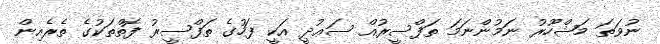
ނުވަތަ މަޝްހޫރު ނަމުންނަމަ ތަފްސީރުއް ސަޢުދީ އަކީ ފަހުގެ ތަފްސީރު ފޮތްތަކުގެ ތެރެއިން